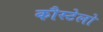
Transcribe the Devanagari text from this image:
कौस्टेलो